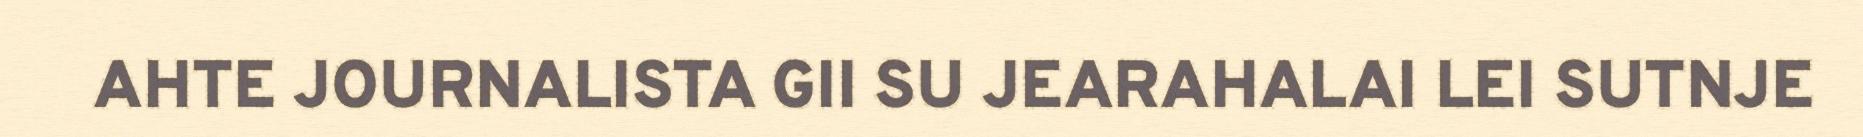
AHTE JOURNALISTA GII SU JEARAHALAI LEI SUTNJE